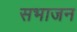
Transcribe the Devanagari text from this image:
सभाजन